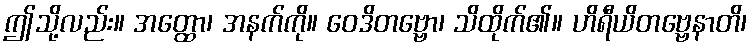
ဤသို့လည်း။ အတ္ထော၊ အနက်ကို။ ဝေဒိတဗ္ဗော၊ သိထိုက်၏။ ဟိရီယိတဗ္ဗေနာတိ၊